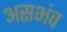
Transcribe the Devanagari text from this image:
असभंव